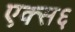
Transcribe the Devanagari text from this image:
एक्स६